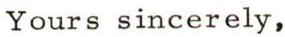
Yours sincerely,